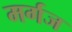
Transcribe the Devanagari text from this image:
मर्गज